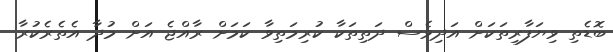
ބޮޑެތި ވިޔަފާރިތަކަށް އަދިވެސް ދަތިތަކާ ކުރިމަތިވާ ކަމަށް ރާއްޖެ އަށް މުދާ އެތެރެކުރާ